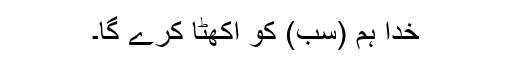
خدا ہم (سب) کو اکھٹا کرے گا۔